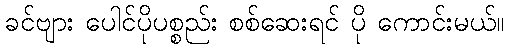
ခင်ဗျား ပေါင်ပိုပစ္စည်း စစ်ဆေးရင် ပို ကောင်းမယ်။